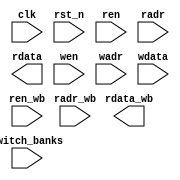
module accumulation_buffer
#( 
  parameter DATA_WIDTH = 64,
  parameter BANK_ADDR_WIDTH = 7,
  parameter [BANK_ADDR_WIDTH : 0] BANK_DEPTH = 128
)(
  input clk,
  input rst_n,
  input switch_banks,
  
  input ren,
  input [BANK_ADDR_WIDTH - 1 : 0] radr,
  output [DATA_WIDTH - 1 : 0] rdata,
  
  input wen,
  input [BANK_ADDR_WIDTH - 1 : 0] wadr,
  input [DATA_WIDTH - 1 : 0] wdata,

  input ren_wb,
  input [BANK_ADDR_WIDTH - 1 : 0] radr_wb,
  output [DATA_WIDTH - 1 : 0] rdata_wb
);

  // Implement an accumulation buffer with the dual-port SRAM (ram_sync_1r1w)
  // provided. This SRAM allows one read and one write every cycle. To read
  // from it you need to supply the address on radr and turn ren (read enable)
  // high. The read data will appear on rdata port after 1 cycle (1 cycle
  // latency). To write into the SRAM, provide write address and data on wadr
  // and wdata respectively and turn write enable (wen) high. 
  
  // Accumulation buffer is similar to a double buffer, but one of its banks
  // has both a read port (ren, radr, rdata) and a write port (wen, wadr,
  // wdata). This bank is used by the systolic array to store partial sums and
  // then read them back out. The other bank has a read port only (ren_wb,
  // radr_wb, rdata_wb). This bank is used to read out the final output (after
  // accumulation is complete) and send it out of the chip. The reason for
  // adopting two banks is so that we can overlap systolic array processing,
  // and data transfer out of the accelerator (otherwise one of them will
  // stall while the other is taking place). Note: both srams will be 1r1w, 
  // but the logical operation will be as described above.

  // If switch_banks is high, you need to switch the functionality of the two
  // banks at the positive edge of the clock. That means, you will use the bank
  // you were previously using for data transfer out of the chip for systolic
  // array and vice versa.

  // Your code starts here

  // Your code ends here
endmodule